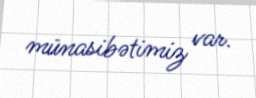
münasibətimiz var.